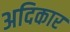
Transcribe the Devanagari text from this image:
अदिकार